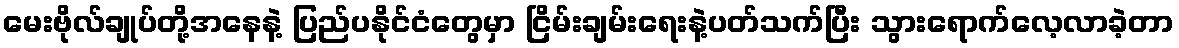
မေးဗိုလ်ချုပ်တို့အနေနဲ့ ပြည်ပနိုင်ငံတွေမှာ ငြိမ်းချမ်းရေးနဲ့ပတ်သက်ပြီး သွားရောက်လေ့လာခဲ့တာ